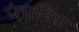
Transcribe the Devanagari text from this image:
पंचनिध